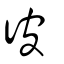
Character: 彼